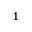
^ 1